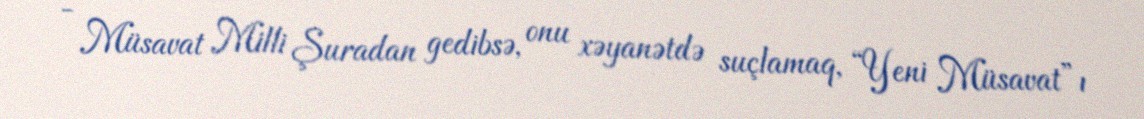
- Müsavat Milli Şuradan gedibsə, onu xəyanətdə suçlamaq, “Yeni Müsavat”ı